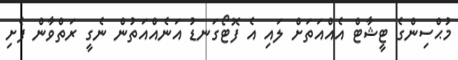
މުޙްސިންގެ ޓީޝާޓް އެއްއަތަށް ލައި އެ ފޮޓޯގަނޑު އަނެއްއަތުން ނެގީ ރަތްވާން ފެށި